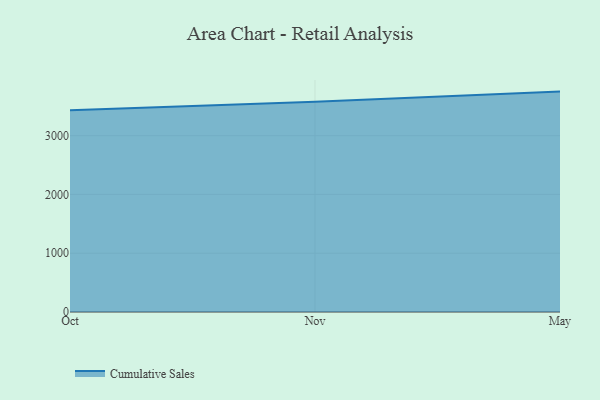
{"axis": {"x": "Month", "y": "Gross Profit (USD K)"}, "legend": ["Cumulative Sales"], "data": [{"x": "Oct", "y": 3432.8, "type": "Cumulative Sales"}, {"x": "Nov", "y": 3579.0, "type": "Cumulative Sales"}, {"x": "May", "y": 3749.9, "type": "Cumulative Sales"}]}